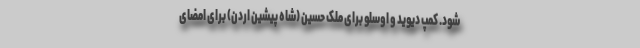
شود. کمپ دیوید و اوسلو برای ملک حسین (شاه پیشین اردن) برای امضای